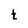
Character: t